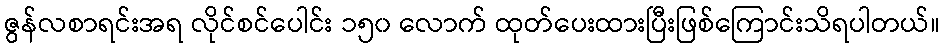
ဇွန်လစာရင်းအရ လိုင်စင်ပေါင်း ၁၅၀ လောက် ထုတ်ပေးထားပြီးဖြစ်ကြောင်းသိရပါတယ်။